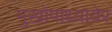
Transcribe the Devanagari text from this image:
मुखोपाध्यायेर